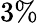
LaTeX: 3\%